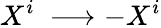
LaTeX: X^{i}~\longrightarrow-X^{i}